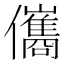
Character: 儶